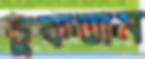
চুকতাম